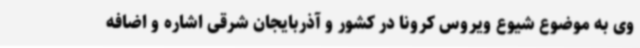
وی به موضوع شیوع ویروس کرونا در کشور و آذربایجان شرقی اشاره و اضافه